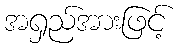
အရှည်အားဖြင့်